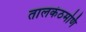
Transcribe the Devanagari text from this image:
तालकंठमणि